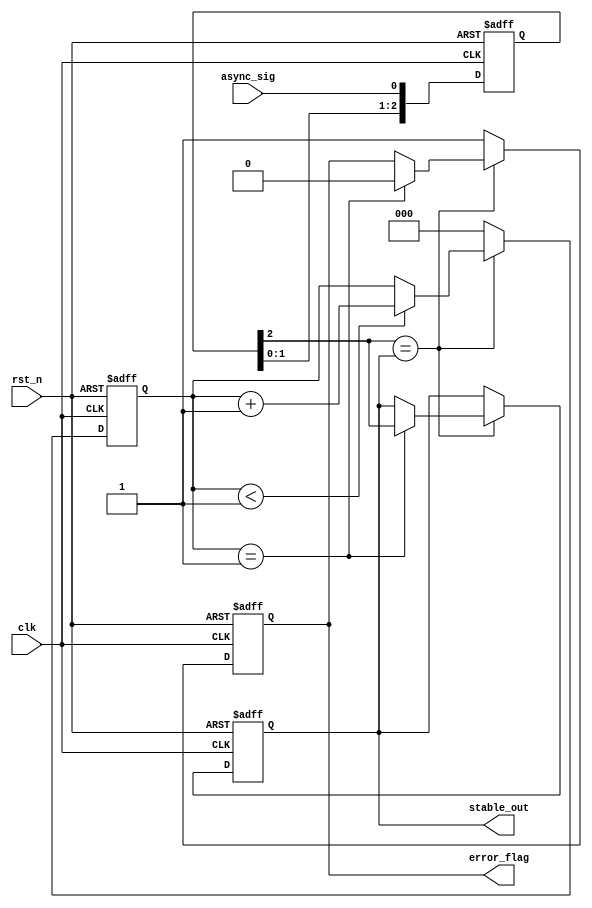
module metastability_detector #(
    parameter NUM_STAGES = 3, // Number of D flip-flops in series
    parameter STABILITY_THRESHOLD = 2 // Minimum stable cycles to be considered stable
)(
    input wire clk,       // Sampling clock
    input wire rst_n,     // Active-low reset
    input wire async_sig, // Asynchronous input signal
    output reg stable_out, // Final stable output
    output reg error_flag  // Error flag for metastability detection
);

reg [NUM_STAGES-1:0] flip_flops; // D flip-flops chain
reg [NUM_STAGES-1:0] stable_counter; // Counter for stable cycles

// D flip-flops for sampling the input signal
always @(posedge clk or negedge rst_n) begin
    if (!rst_n) begin
        flip_flops <= 0;
        stable_out <= 0;
        stable_counter <= 0;
        error_flag <= 0;
    end else begin
        // Shift the input through the flip-flops
        flip_flops <= {flip_flops[NUM_STAGES-2:0], async_sig};
        
        // Check stability of the last flip-flop output
        if (flip_flops[NUM_STAGES-1] == stable_out) begin
            // Increment stability counter if it remains the same
            if (stable_counter < STABILITY_THRESHOLD - 1) begin
                stable_counter <= stable_counter + 1;
            end
            
            // If we reach the threshold, we consider it stable
            if (stable_counter == STABILITY_THRESHOLD - 1) begin
                stable_out <= flip_flops[NUM_STAGES-1];
                error_flag <= 0; // Reset error flag when stable
            end
        end else begin
            // Reset the counter if there's a change in output
            stable_counter <= 0;
            error_flag <= 1; // Indicate a metastability condition
        end
    end
end

endmodule